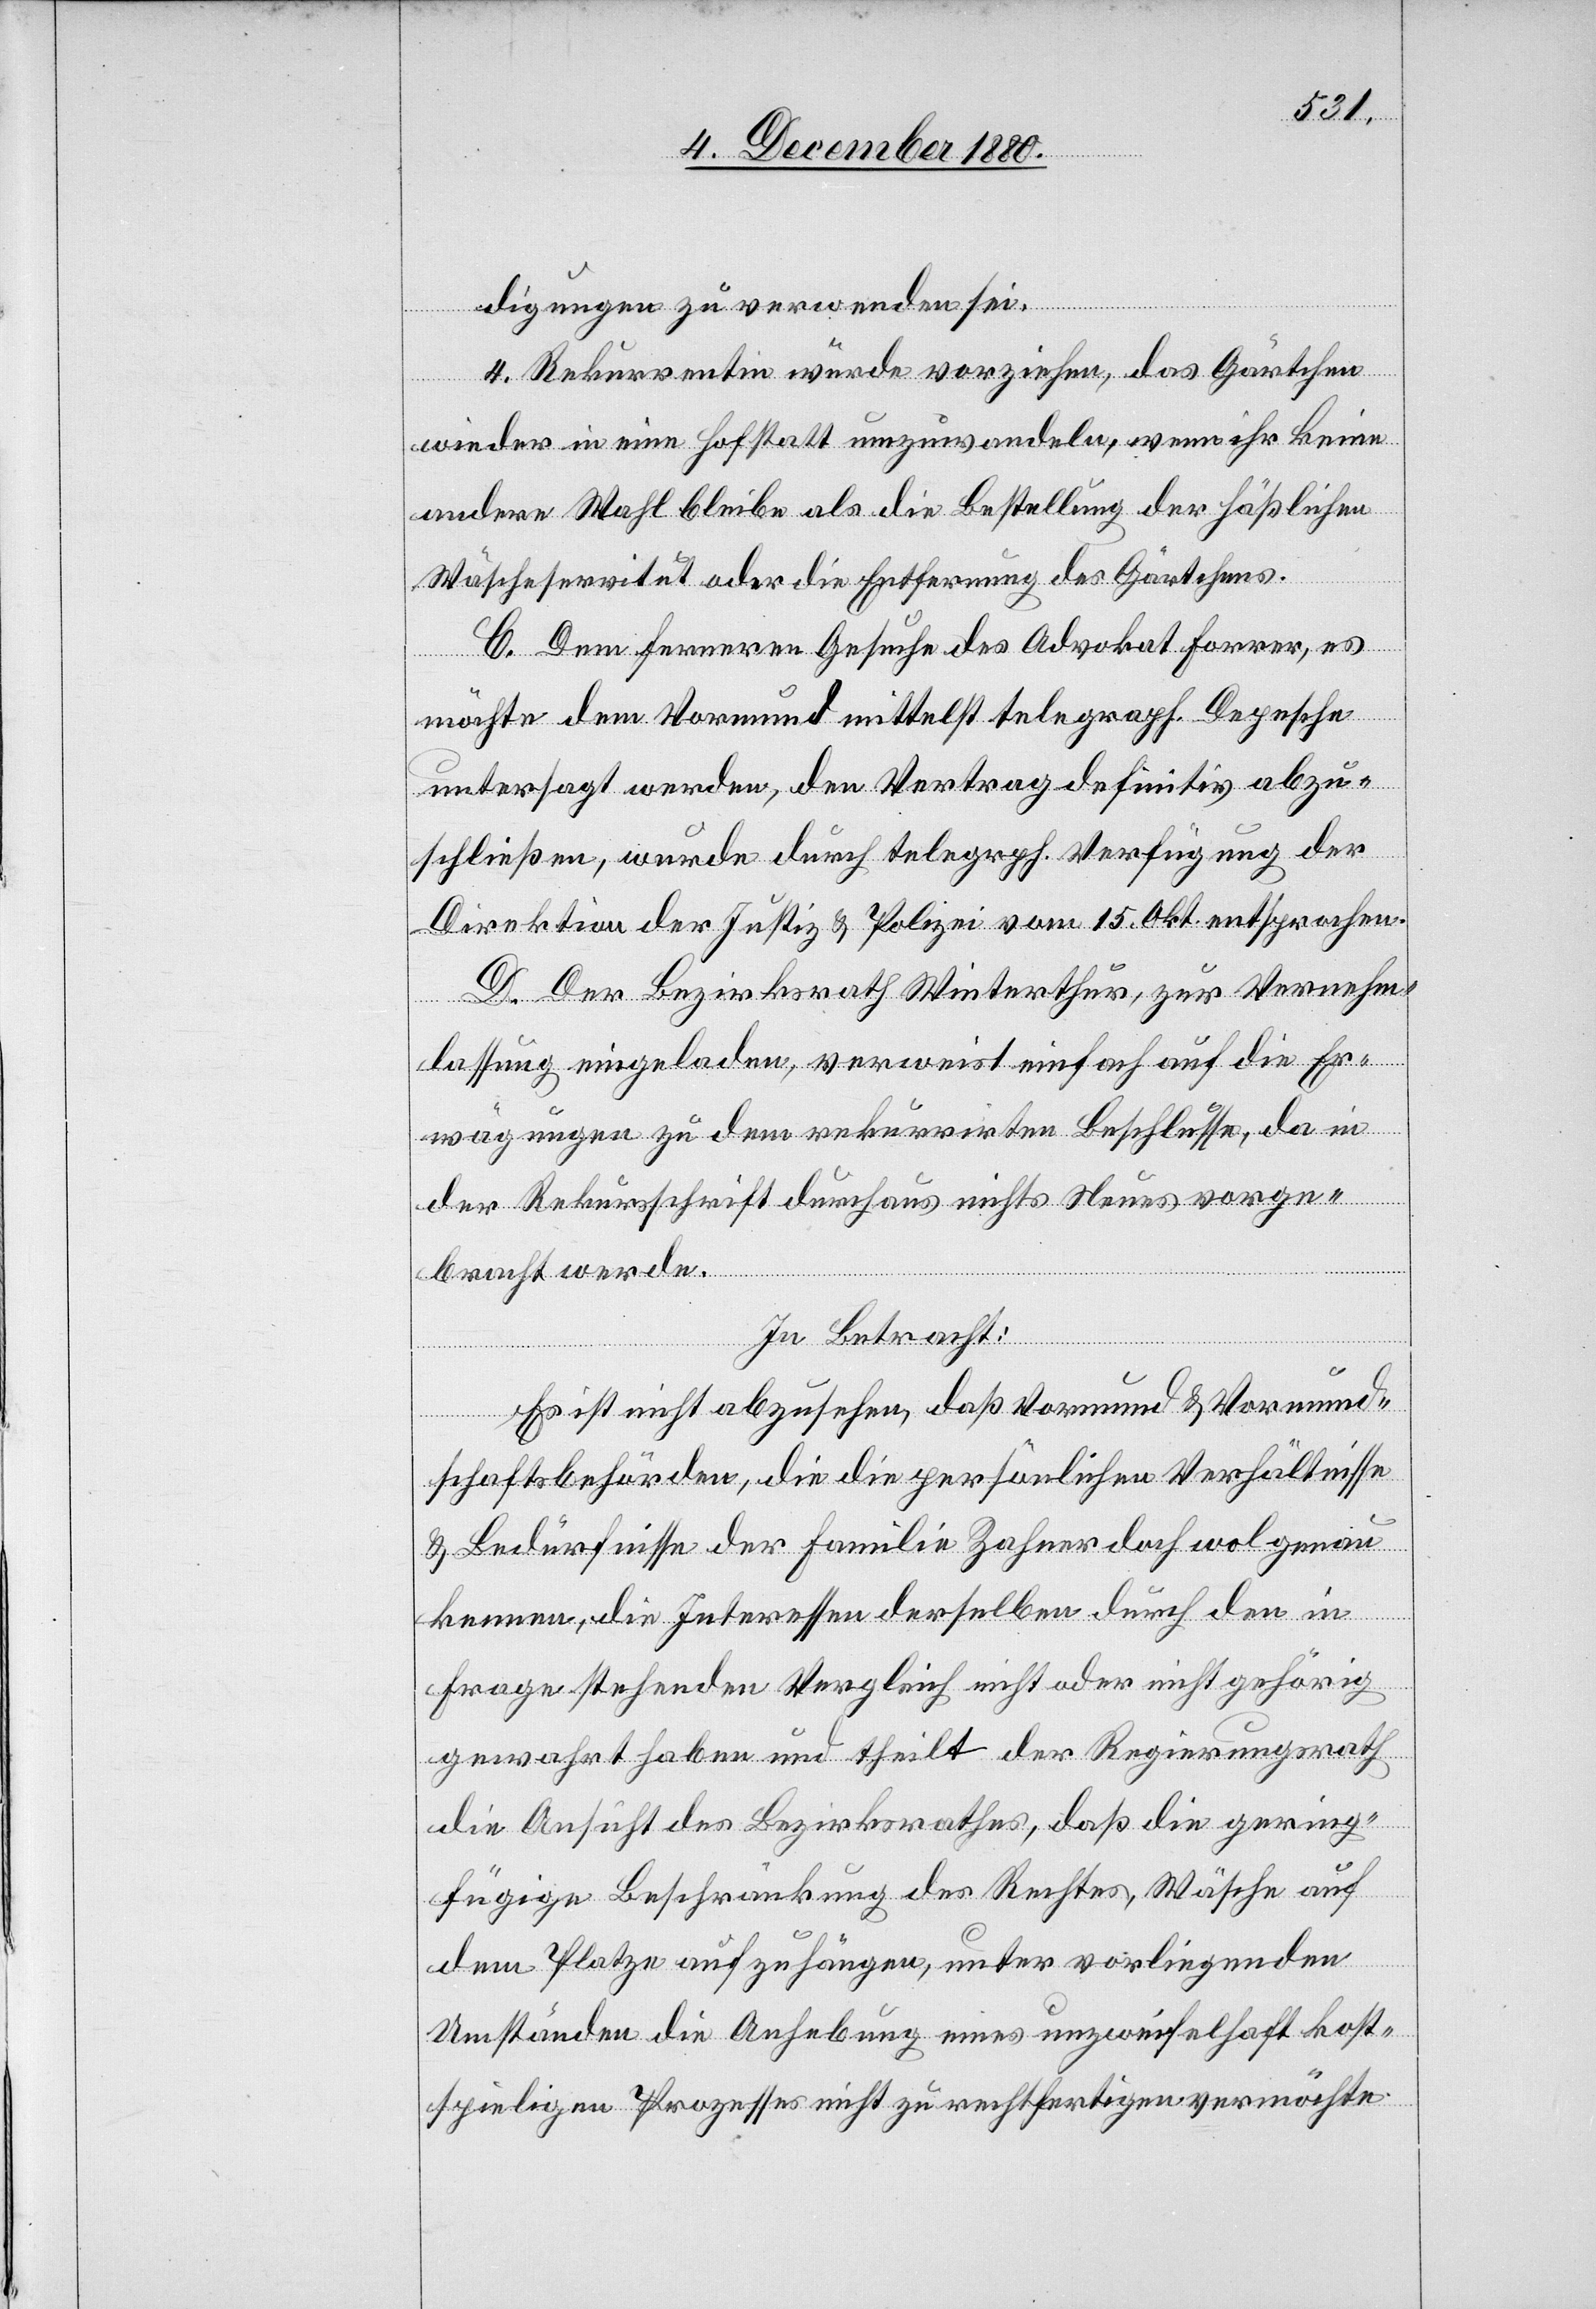
digungen zu verwenden sei.
4. Rekurrentin würde vorziehen, das Gärtchen
wieder in eine Hofstatt umzuwandeln, wenn ihr keine
andere Wahl bleibe, als die Bestellung der häßlichen
Wäscheservitut oder die Entfernung des Gärtchens.
C. Dem ferneren Gesuche des Advokat Forrer, es
möchte dem Vormund mittelst telegraph. Depesche
untersagt werden, den Vertrag definitiv abzu¬
schließen, wurde durch telegraph. Verfügung der
Direktion der Justiz & Polizei vom 15. Okt. entsprochen.
D. Der Bezirksrath Winterthur, zur Vernehm¬
lassung eingeladen, verweist einfach auf die Er¬
wägungen zu dem rekurrirten Beschlusse, da in
der Rekursschrift durchaus nichts Neues vorge¬
bracht werde.
In Betracht:
Es ist nicht abzusehen, daß Vormund & Vormund¬
schaftsbehörde, die die persönlichen Verhältnisse
& Bedürfnisse der Familie Zahner doch wol genau
kennen, die Interessen derselben durch den in
Frage stehenden Vergleich nicht oder nicht gehörig
gewahrt haben und theilt der Regierungsrath
die Ansicht des Bezirksrathes, daß die gering¬
fügige Beschränkung des Rechtes, Wäsche auf
dem Platze aufzuhängen, unter vorliegenden
Umständen die Anhebung eines unzweifelhaft kost¬
spieligen Prozesses nicht zu rechtfertigen vermöchte